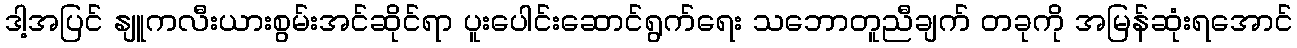
ဒါ့အပြင် နျူကလီးယားစွမ်းအင်ဆိုင်ရာ ပူးပေါင်းဆောင်ရွက်ရေး သဘောတူညီချက် တခုကို အမြန်ဆုံးရအောင်